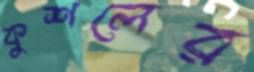
কুশলের